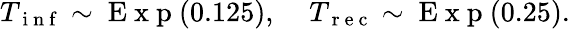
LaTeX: T_{\mathrm{~i~n~f~}}\sim\mathrm{~E~x~p~}(0.125),\; \; \; \; T_{\mathrm{~r~e~c~}}\sim\mathrm{~E~x~p~}(0.25).